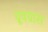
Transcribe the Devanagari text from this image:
ग्रूवग्रास